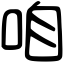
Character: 咱